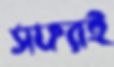
সফরই